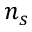
n _ { s }